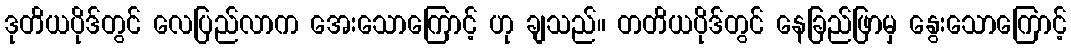
ဒုတိယပိုဒ်တွင် လေပြည်လာက အေးသောကြောင့် ဟု ချသည်။ တတိယပိုဒ်တွင် နေခြည်ဖြာမှ နွေးသောကြောင့်